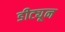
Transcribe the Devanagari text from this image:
डीट्यून